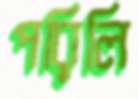
পরিলি